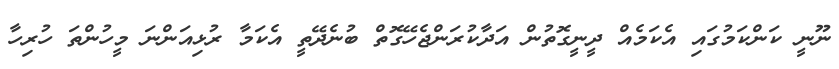
ނޫނީ ކަންކަމުގައި އެކަމެއް ދީނީގޮތުން އަދާކުރަންޖެހޭގޮތް ބުނެދޭތީ އެކަމާ ރުޅިއަންނަ މީހުންތަ ހުރިހާ